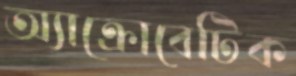
অ্যাক্রোবেটিক